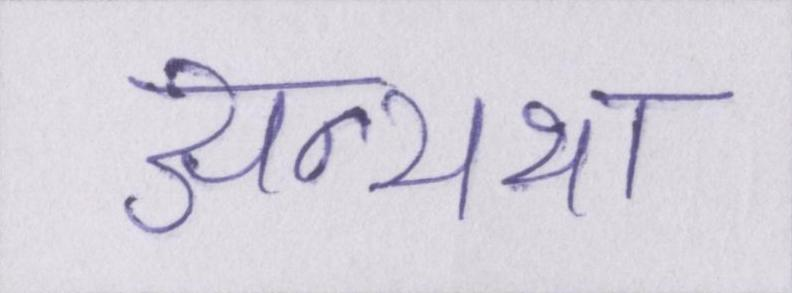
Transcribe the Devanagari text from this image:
अन्यथा